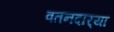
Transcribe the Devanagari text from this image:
वतनदार्‍या